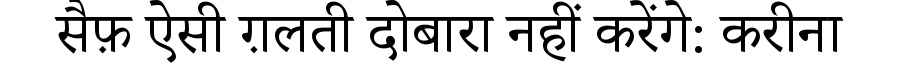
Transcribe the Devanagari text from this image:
सैफ़ ऐसी ग़लती दोबारा नहीं करेंगे: करीना